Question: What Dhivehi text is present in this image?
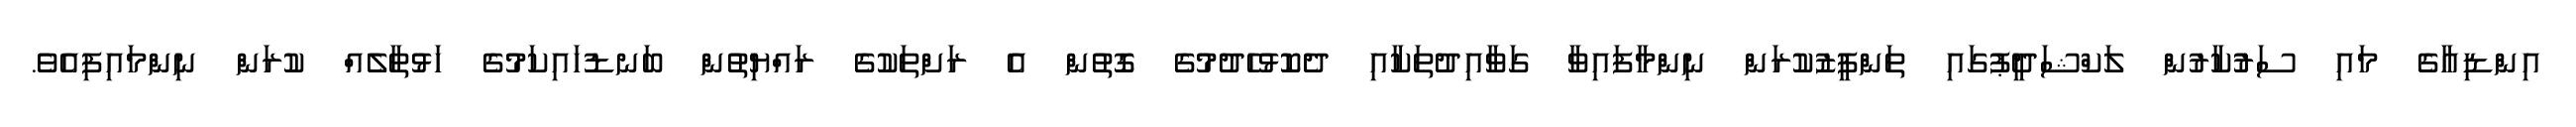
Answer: އިންޑިއާގެ މައި ސަރުުކާރުން ލަކްޝަދީޕުގައި ތަންފީޒުކުރަން ނިންމާފައިވާ ގަވާއިދުތަކާއި ދެކޮޅުހެދުމުގެ ގޮތުން އެ ރަށްތަކުގެ ރައްޔިތުން ބަނޑުހައިކަމުގެ ހަޅުތާލެއް ކުރަން ނިންމައިފިއެވެ.